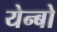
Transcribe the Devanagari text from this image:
येन्बो